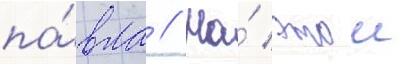
па́вла // На́ этои